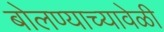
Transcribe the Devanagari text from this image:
बोलण्याच्यावेळी